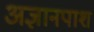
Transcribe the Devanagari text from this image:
अज्ञानपाश